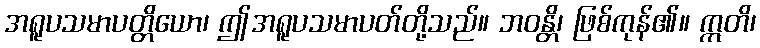
အရူပသမာပတ္တိယော၊ ဤအရူပသမာပတ်တို့သည်။ ဘဝန္တိ၊ ဖြစ်ကုန်၏။ ဣတိ၊